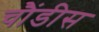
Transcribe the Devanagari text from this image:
चौंडीस